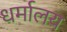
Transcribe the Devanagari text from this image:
धर्मालय